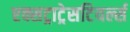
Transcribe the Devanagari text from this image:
एक्सट्राट्रेसटियर्ल्स